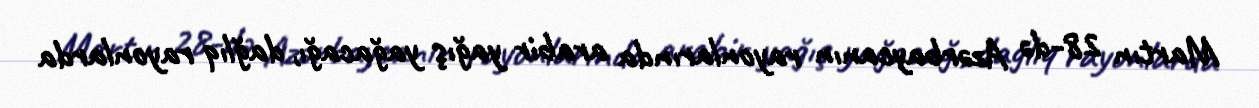
Martın 28-də Azərbaycanın rayonlarında arabir yağış yağacağı, dağlıq rayonlarda